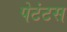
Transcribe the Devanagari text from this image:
पेटंटस